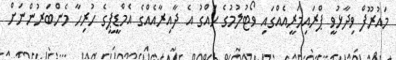
މައުރޫފް ވިދާޅުވީ ޕްރައިމަރީއެއްގައި ވޯޓުލުމުގެ ހައްގު އެ ދާއިރާއެއްގެ އެމްޑީޕީގެ ހުރިހާ މެންބަރުންނަށް